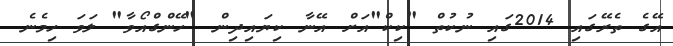
އޭގެ ތެރޭގައި 2014ގައި ނުކުތް "ކިކް"އަށް އޭނާ ކިޔައިދިން "ހޭންގްއޯވާ" ލަވަ ހިމެނެ